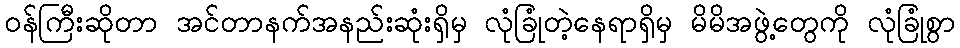
ဝန်ကြီးဆိုတာ အင်တာနက်အနည်းဆုံးရှိမှ လုံခြုံတဲ့နေရာရှိမှ မိမိအဖွဲ့တွေကို လုံခြုံစွာ